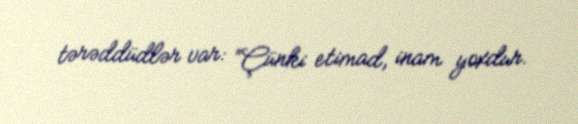
tərəddüdlər var: “Çünki etimad, inam yoxdur.